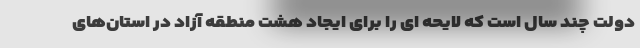
دولت چند سال است که لایحه ای را برای ایجاد هشت منطقه آزاد در استان‌های